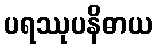
ပရဿုပနိဓာယ